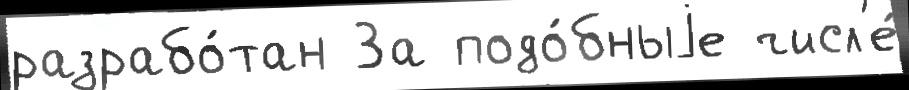
разрабо́тан За подо́бныjе числ'е́